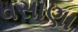
વસાણા